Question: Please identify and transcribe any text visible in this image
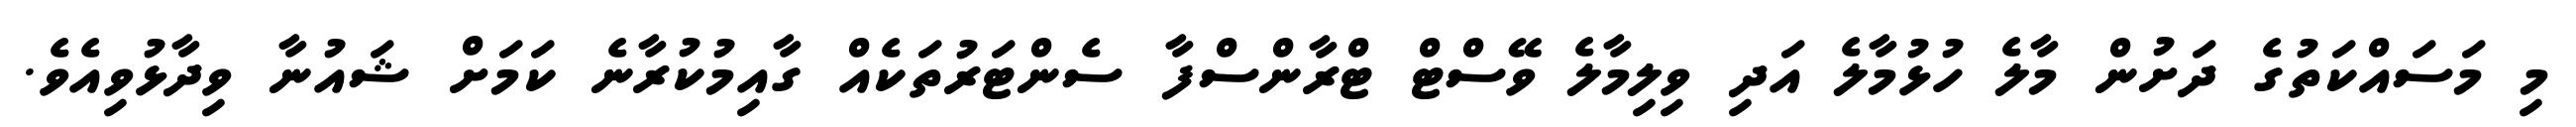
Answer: މި މަސައްކަތުގެ ދަށުން މާލެ ހުޅުމާލެ އަދި ވިލިމާލެ ވޭސްޓް ޓްރާންސްފާ ސެންޓަރުތަކެއް ގާއިމުކުރާނެ ކަމަށް ޝައުނާ ވިދާޅުވިއެވެ.